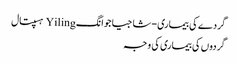
گردے کی بیماری - شاجیاجوانگ Yiling ہسپتال
گردوں کی بیماری کی وجہ